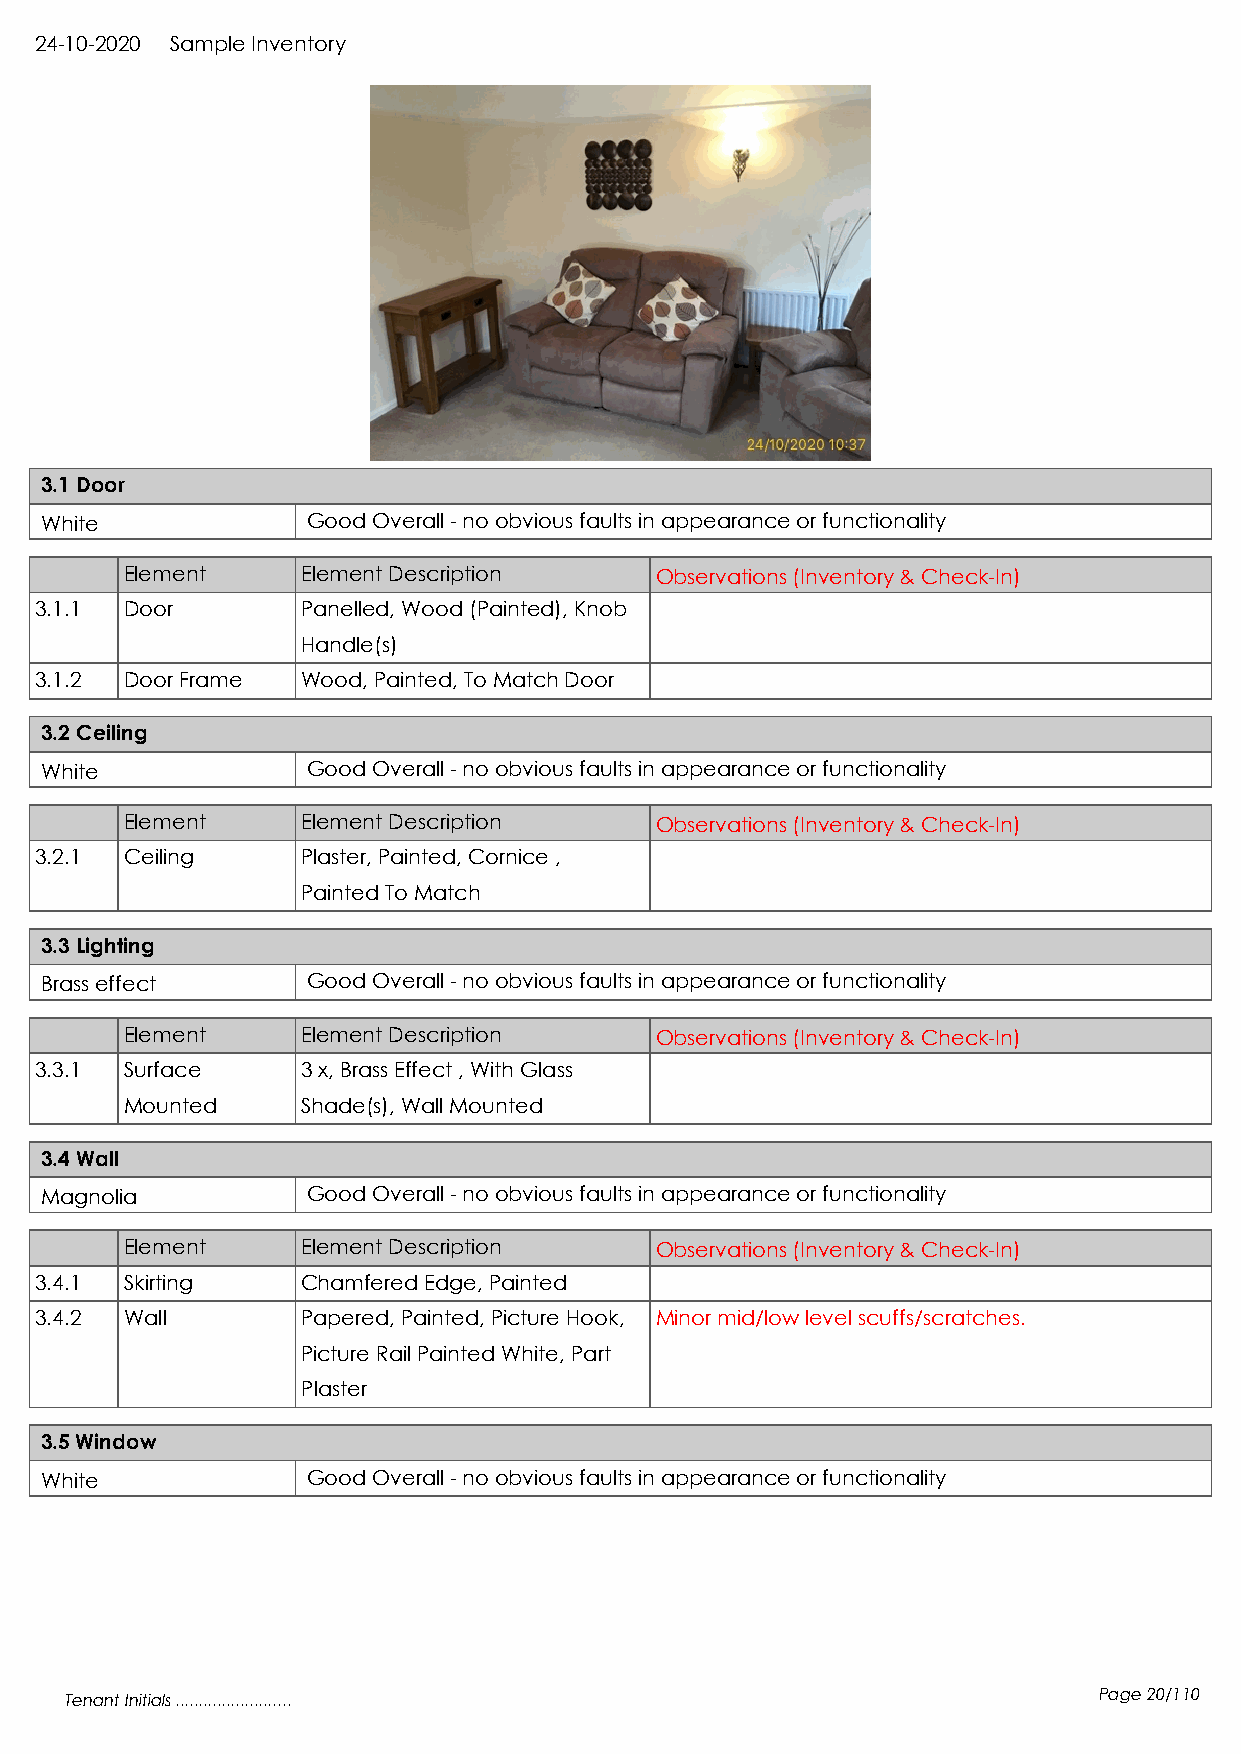
24-10-2020 Sample Inventory
 3.1 Door
 White            Good Overall - no obvious faults in appearance or functionality
 Element     Element Description    Observations (Inventory & Check-In)
 3.1.1 Door        Panelled, Wood (Painted), Knob
 Handle(s)
 3.1.2 Door Frame  Wood, Painted, To Match Door
 3.2 Ceiling
 White            Good Overall - no obvious faults in appearance or functionality
 Element     Element Description    Observations (Inventory & Check-In)
 3.2.1 Ceiling     Plaster, Painted, Cornice ,
 Painted To Match
 3.3 Lighting
 Brass effect     Good Overall - no obvious faults in appearance or functionality
 Element     Element Description    Observations (Inventory & Check-In)
 3.3.1 Surface     3 x, Brass Effect , With Glass
 Mounted     Shade(s), Wall Mounted
 3.4 Wall
 Magnolia         Good Overall - no obvious faults in appearance or functionality
 Element     Element Description    Observations (Inventory & Check-In)
 3.4.1 Skirting    Chamfered Edge, Painted
 3.4.2 Wall        Papered, Painted, Picture Hook, Minor mid/low level scuffs/scratches.
 Picture Rail Painted White, Part
 Plaster
 3.5 Window
 White            Good Overall - no obvious faults in appearance or functionality
 Tenant Initials .........................                            Page 20/110